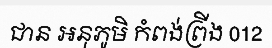
ជាន អនុភូមិ កំពង់ព្រីង 012